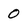
Character: 0